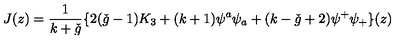
J ( z ) = \frac { 1 } { k + \check { g } } \{ 2 ( \check { g } - 1 ) K _ { 3 } + ( k + 1 ) \psi ^ { a } \psi _ { a } + ( k - \check { g } + 2 ) \psi ^ { + } \psi _ { + } \} ( z )